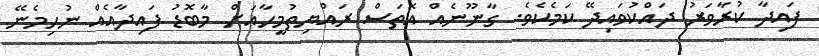
ފައިދާ ކުރާވަރު ދައްކުވައިދޭ ކަމެކެވެ. ގާނޫނެއް އޮތަސް ރައްޔިތުމީހާއަށް މާބޮޑު ފައިދާއެއް ނުހިމެނޭ